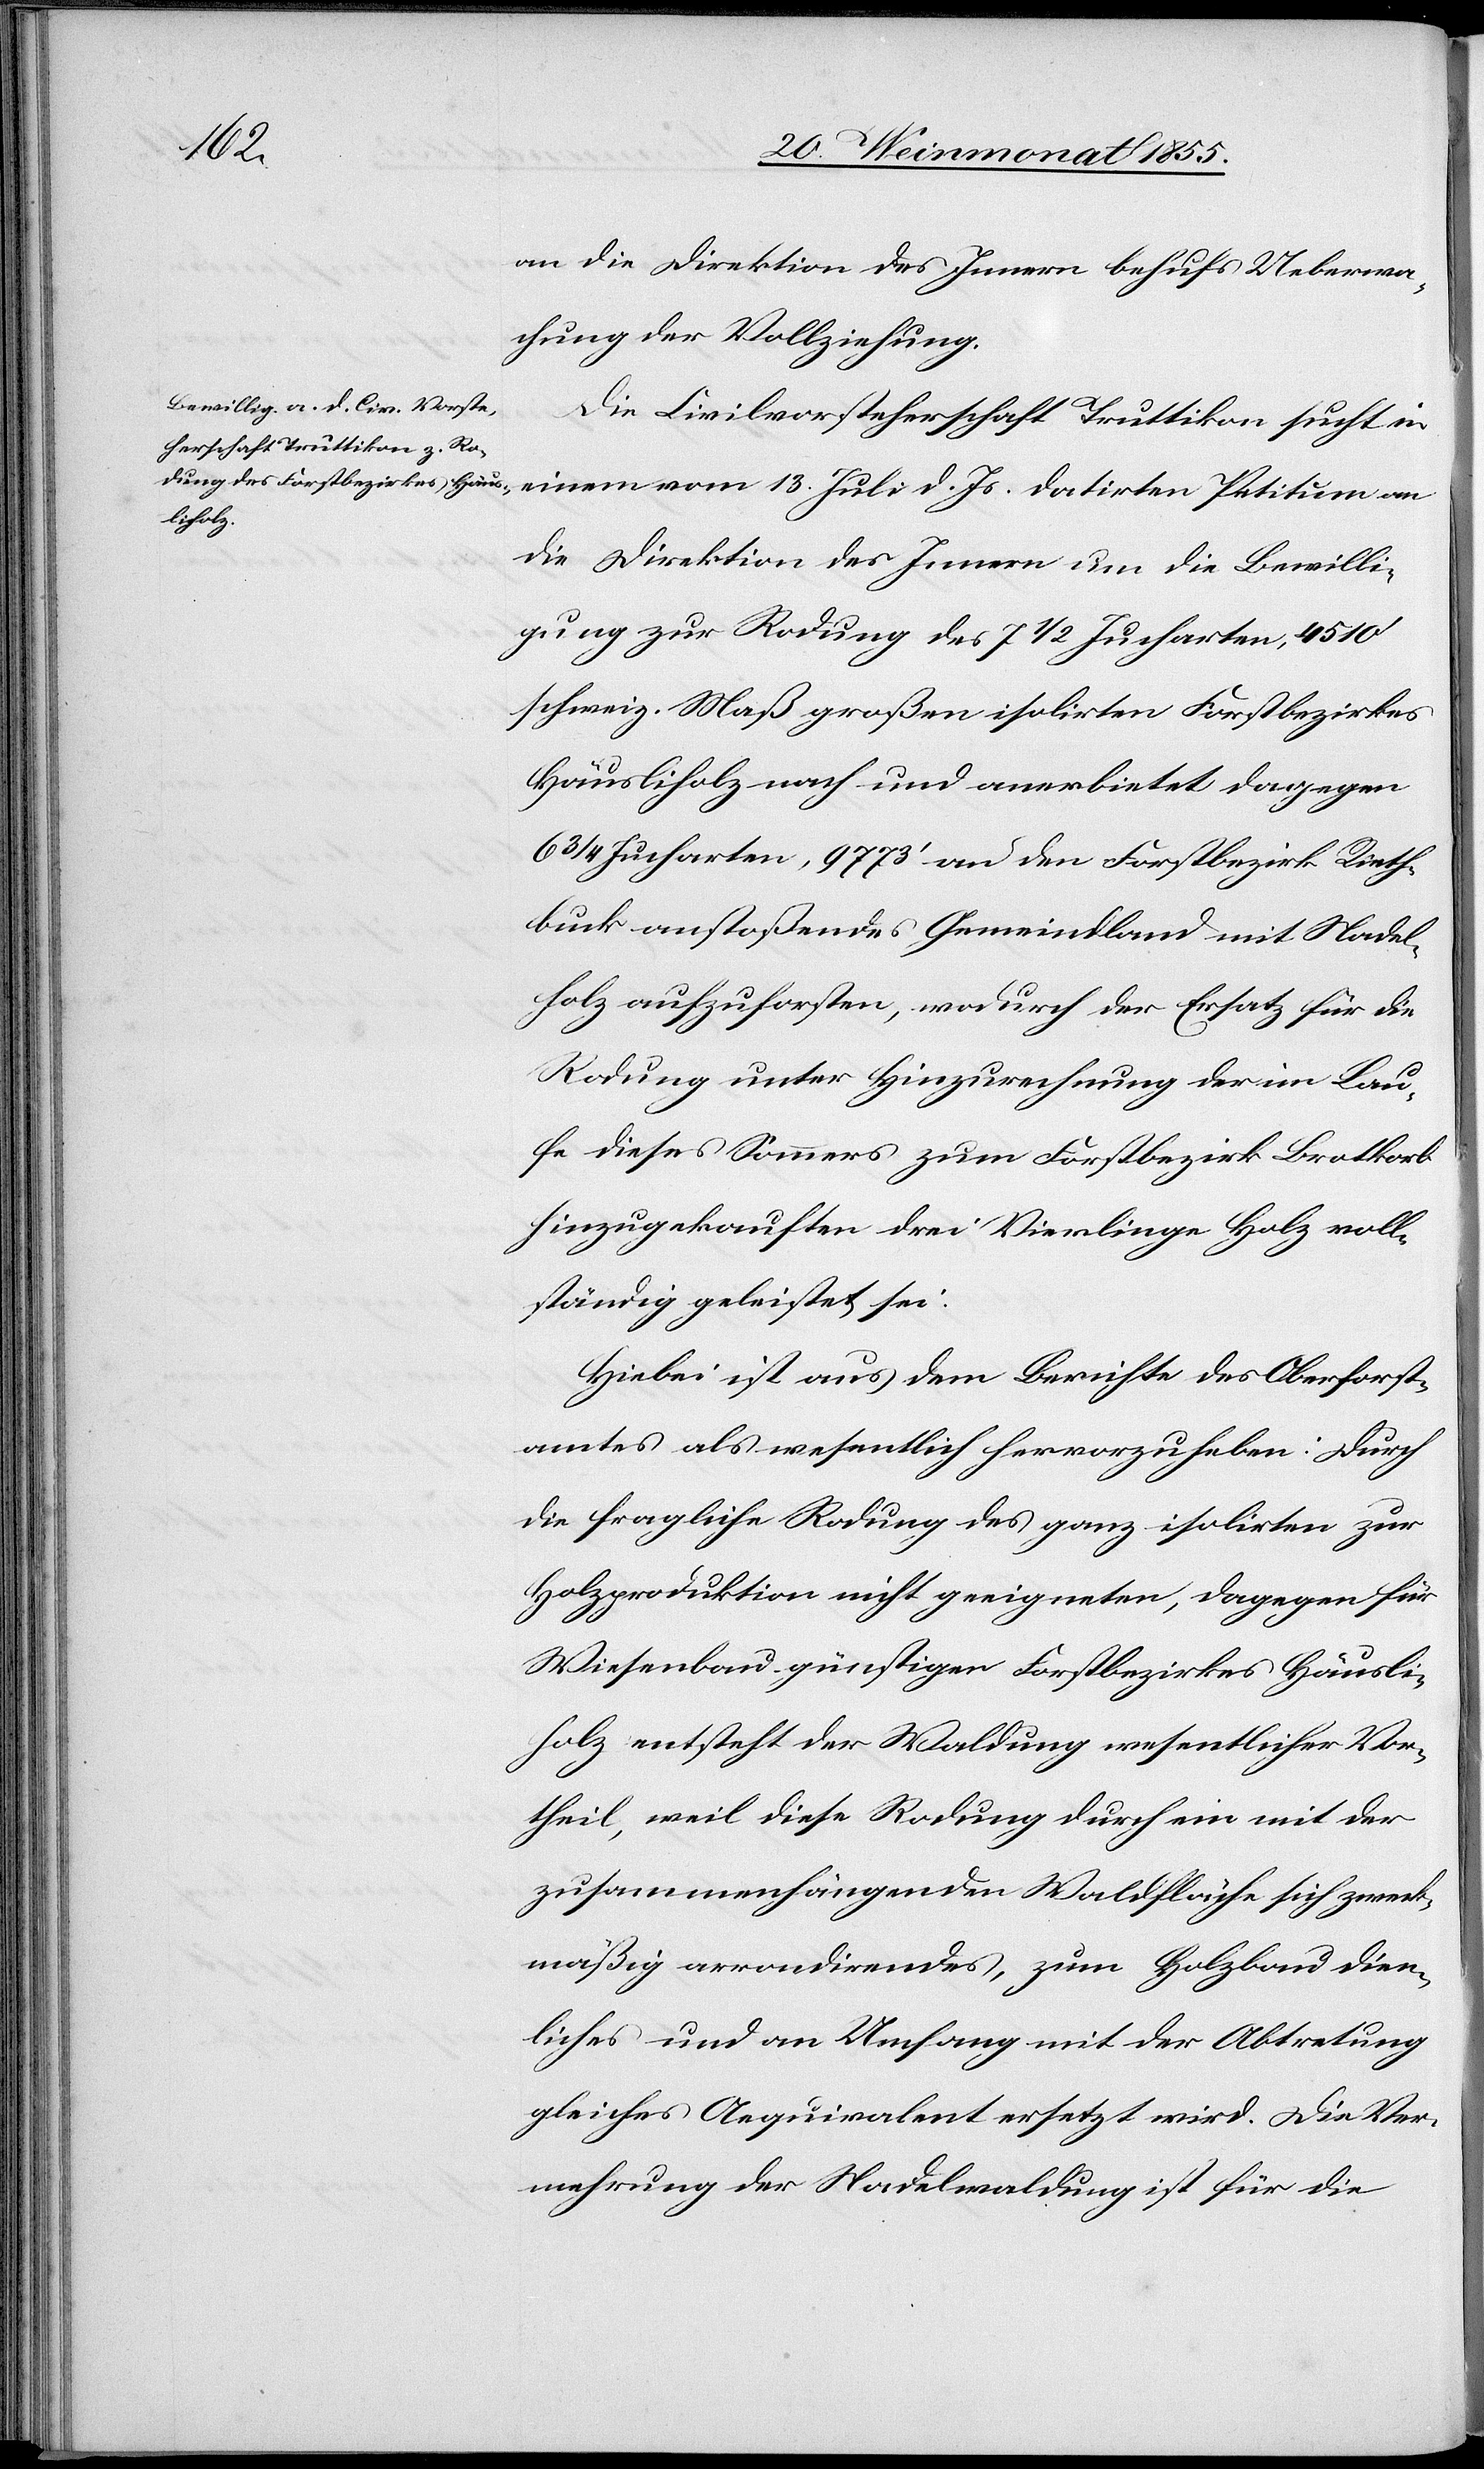
an die Direktion des Innern behufs Ueberwa¬
chung der Vollziehung.
Die Civilvorsteherschaft Truttikon sucht in
einem vom 13. Juli d. Js. datirten Petitum an
die Direktion des Innern um die Bewilli¬
gung zur Rodung des 7 1/2 Jucharten, 4510‘
schweiz. Maß großen isolirten Forstbezirkes
Häusliholz nach und anerbietet dagegen
6 3/4 Jucharten, 9773‘ an den Forstbezirk Rieth¬
buck anstoßendes Gemeindland mit Nadel¬
holz aufzuforsten, wodurch der Ersatz für die
Rodung unter Hinzurechnung der im Lau¬
fe dieses Sommers zum Forstbezirk Brotkorb
hinzugekauften drei Vierlinge Holz voll¬
ständig geleistet sei.
Hiebei ist aus dem Berichte des Oberforst¬
amtes als wesentlich hervorzuheben: Durch
die fragliche Rodung des ganz isolirten zur
Holzproduktion nicht geeigneten, dagegen für
Wiesenbau günstigen Forstbezirkes Häusli¬
holz entsteht der Waldung wesentlicher Vor¬
theil, weil diese Rodung durch ein mit der
zusammenhängenden Waldfläche sich zweck¬
mäßig arrondirendes, zum Holzbau dien¬
liches und an Umfang mit der Abtretung
gleiches Aequivalent ersetzt wird. Die Ver¬
mehrung der Nadelwaldung ist für die